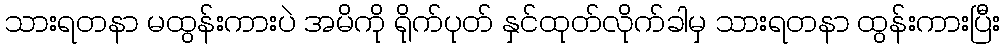
သားရတနာ မထွန်းကားပဲ အမိကို ရိုက်ပုတ် နှင်ထုတ်လိုက်ခါမှ သားရတနာ ထွန်းကားပြီး